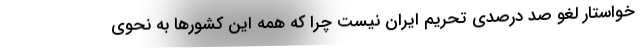
خواستار لغو صد درصدی تحریم ایران نیست چرا که همه این کشورها به نحوی